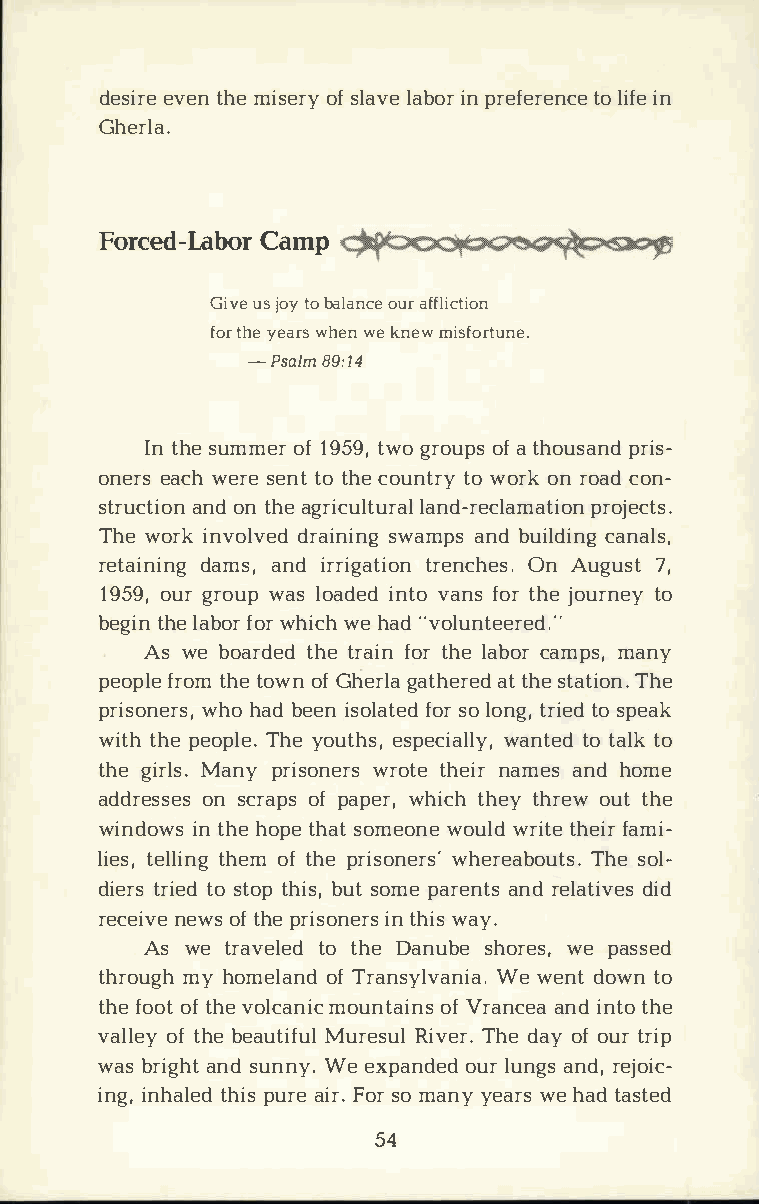
deseivreetn hm ei seorfsy l alvaebi onpr r efetrole inifcnee
 Gherla.
 ForcedC-aLmapb    or
 Givuesj otyob alaonucaref fliction
 fotrh yee awrhse wne k nemwi sfortune.
 -Psal8m9 :14
 Int hseu mmoef1r 9 5t9w,go r ouopfats h ousparnids ­
 oneerascw he rsee nttot hceo unttowr oyr oknr oacdo n­
 strucatnoidno t nha eg ricullatnudr-arle clamation projects.
 Thweo rikn voldvreadi snwianmgap nsbd u ilcdainnagl s,
 retaidnaimnsag,n di rrigtarteinocnOh neA su.g u7s,t
 195o9u,gr r owuapsl oadiendtv oa nfsot rh jeo urtnoe y
 begtihnle a bfoowrrh iwcehh a·d· volunteered.·'
 Asw eb oartdhetedr afiontr h lea bcoarm pmsa,n y
 peofprloetm ht eo wonfG herglaat haettr hesedt atTihoen .
 prisownheohr asbd,e eins olfaostreol d o ntgr,it eosd p eak
 witthhp ee opTlheye.o utehssp,e cwiaanltlteyotd, a tlok
 thgei rMlasn.yp risownreorttshe e niarm easn dh ome
 addreosnss ecsr aopfps a pewrh,i cthh etyh roeuwtt h e
 windoiwnts hh eo pteh saotm eownoeuw lrdi ttheef iarm i­
 lietse,l ltihneogmft hper isownheerrse'a bTohuest osl.­
 dietrrsit eosd t otph ibsus,to mpea reanntrdse ladtiidv es
 recenievwoesft hper isoinnte hrwisas y .
 Asw et ravetlote hdDe a nusbheo resp,a swsee d
 thromuygh ho meloafTn rda nsylWveaw neindato. w tno
 thfeo ooftt h veo lcanic omfVo ruanntacaneiidann stt hoe
 valloefty hb ee autMiufrueRlsi uvlTe hrde.a oyf o utrr ip
 wabsr iagnhsdtu nnWye.e xpanoduelrdu nagnsdr ,e joic­
 inign,h atlhepidus r aeiF ro.sr om anyye awresh atda sted
 54